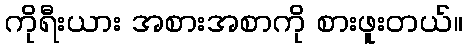
ကိုရီးယား အစားအစာကို စားဖူးတယ်။